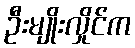
ဦးမျိုးလှိုင်က